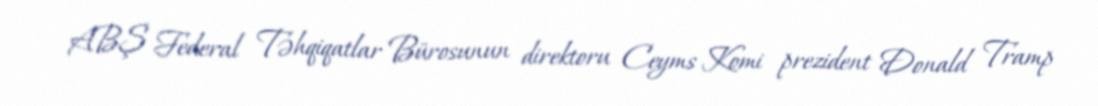
ABŞ Federal Təhqiqatlar Bürosunun direktoru Ceyms Komi prezident Donald Tramp